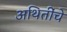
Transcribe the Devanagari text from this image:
अथितींचे